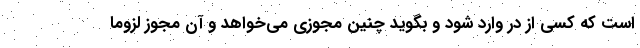
است که کسی از در وارد شود و بگوید چنین مجوزی می‌خواهد و آن مجوز لزوما